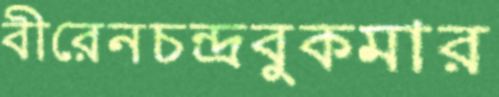
বীরেনচন্দ্রবুকমার